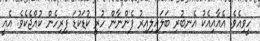
ހީވިއެވެ. އެއާއިއެކު އެނބުރި ބަލައިލިއިރު ފެންނާން ހުރީ ކުޑަކުޑަ ފިރިހެން ކުއްޖެކެވެ. އެއީ